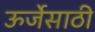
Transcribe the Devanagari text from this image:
ऊर्जेसाठी